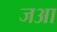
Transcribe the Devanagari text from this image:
जआ